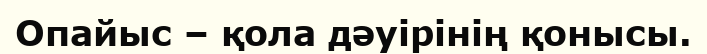
Опайыс – қола дәуірінің қонысы.